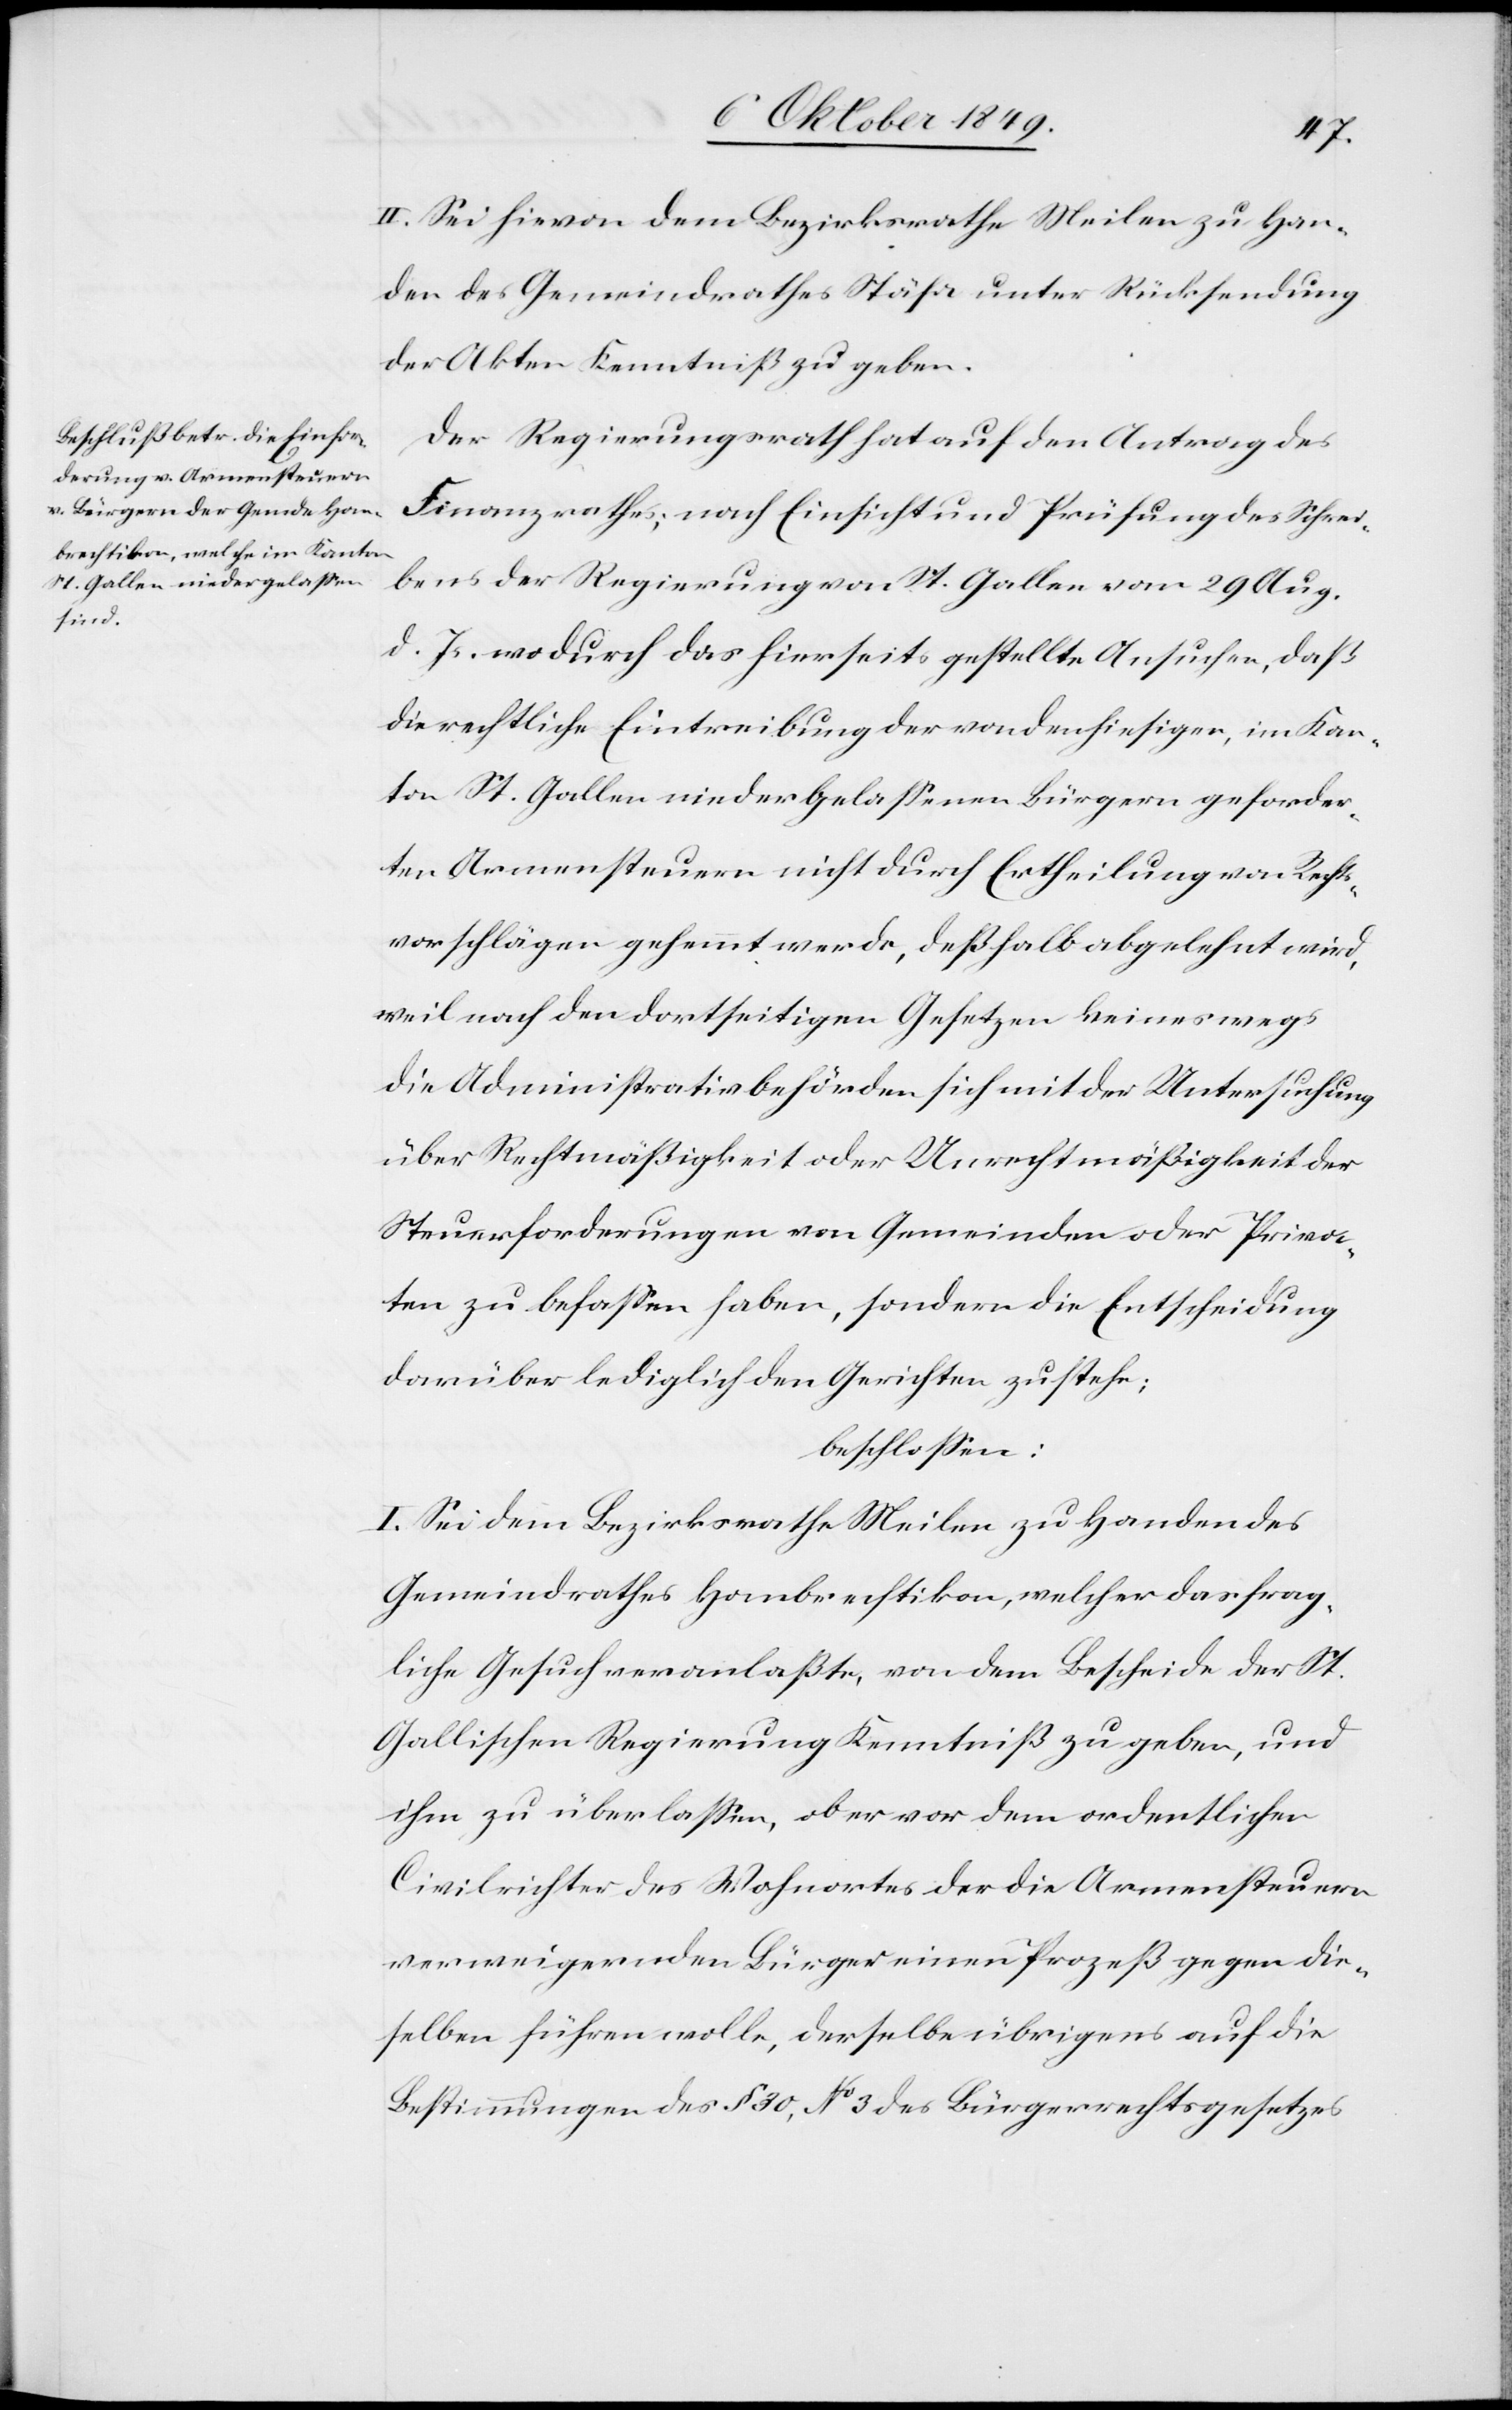
Der Regierungsrath hat auf den Antrag des
Finanzrathes, nach Einsicht und Prüfung des Schrei¬
bens der Regierung von St. Gallen vom 29 Aug.
d. Js. wodurch das hierseits gestellte ansuchen, daß
die rechtliche Eintreibung der von den hiesigen, im Kan¬
ton St. Gallen niedergelaßenen Bürgern geforder¬
ten Armensteuern nicht durch Ertheilung von Rechts¬
vorschlägen gehemmt werde, deßhalb abgelehnt wird,
weil nach den dortseitigen Gesetzen keineswegs
die Administrativbehörden sich mit der Untersuchung
über Rechtmäßigkeit oder Unrechtmäßigkeit der
Steuerforderungen von Gemeinden oder Priva¬
ten zu befaßen haben, sondern die Entscheidung
darüber lediglich den Gerichten zustehe;
beschloßen:
I. Sei dem Bezirksrathe Meilen zu Handen des
Gemeindrathes Hombrechtikon, welcher das frag¬
liche Gesuch veranlaßt, von dem Bescheide der St.
Gallischen Regierung Kenntniß zu geben, und
ihm zu überlaßen, ob er vor dem ordentlichen
Civilrichter des Wohnortes der die Armensteuern
verweigernden Bürger einen Prozeß gegen die¬
selben führen wolle, derselbe übrigens auf die
Bestimmungen des § 30, N° 3 des Bürgerrechtsgesetzes